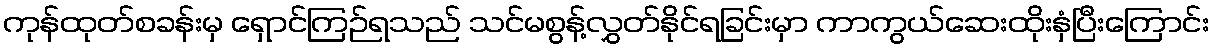
ကုန်ထုတ်စခန်းမှ ရှောင်ကြဉ်ရသည် သင်မစွန့်လွှတ်နိုင်ရခြင်းမှာ ကာကွယ်ဆေးထိုးနှံပြီးကြောင်း